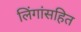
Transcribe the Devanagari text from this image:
लिंगांसहित